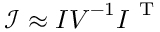
\boldsymbol { \mathcal { I } } \approx \boldsymbol { I } \boldsymbol { V } ^ { - 1 } \boldsymbol { I } ^ { \mathrm { ~ T ~ } }